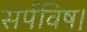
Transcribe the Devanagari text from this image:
सर्पविष।